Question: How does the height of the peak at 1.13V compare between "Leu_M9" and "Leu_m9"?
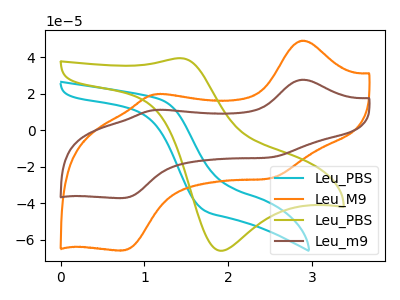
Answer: <think>The cyan curve "Leu_PBS" has no peaks. The orange curve "Leu_M9" has anodic peaks at (2.90V, 49.10uA) (1.15V, 19.70uA) and cathodic peaks at (2.50V, -26.25uA) (0.75V, -65.85uA). The olive curve "Leu_PBS" has an anodic peak at (1.45V, 39.50uA) and a cathodic peak at (1.90V, -66.00uA). The brown curve "Leu_m9" has anodic peaks at (2.90V, 27.70uA) (1.15V, 11.10uA) and cathodic peaks at (2.50V, -14.80uA) (0.75V, -37.15uA).</think>
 <answer>The peak at 1.13V is higher in "Leu_M9" than in "Leu_m9".</answer>
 <eval>higher</eval>